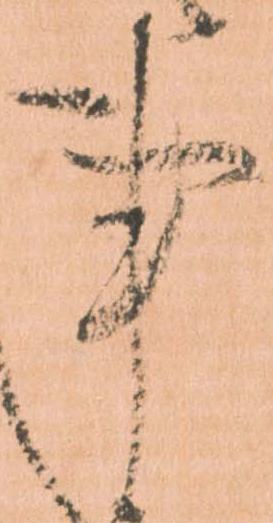
事